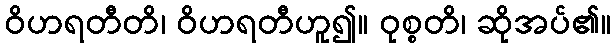
ဝိဟရတီတိ၊ ဝိဟရတီဟူ၍။ ဝုစ္စတိ၊ ဆိုအပ်၏။